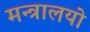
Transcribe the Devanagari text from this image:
मन्त्रालयो